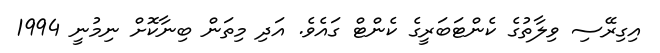
އިގިރޭސި ވިލާތުގެ ކެންޓަބަރީގެ ކެންޓް ގައެވެ. އަދި މިތަން ބިނާކޮށް ނިމުނީ 1994